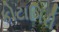
કોટાગિરી